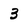
Character: 3